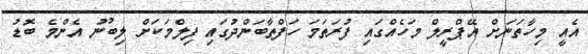
އެއީ މިހާތަނަށް އޭޕްރީލް މަހެއްގައި ފުރަތަމަ ހަފްތާބަންދުގައި ފިލްމަކަށް ލިބުނު އެންމެ ބޮޑު